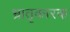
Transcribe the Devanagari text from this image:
भ्रातृकारक